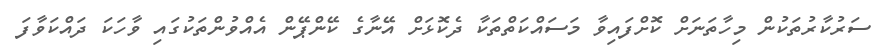
ސަރުކާރުތަކުން މިހާތަނަށް ކޮށްފައިވާ މަސައްކަތްތަކާ ދެކޮޅަށް އޭނާގެ ކޭންޕޭން އެއްވުންތަކުގައި ވާހަކަ ދައްކަވާފަ